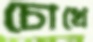
চোখে